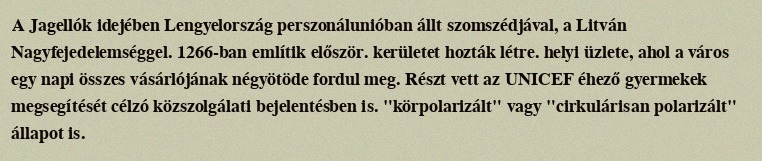
A Jagellók idejében Lengyelország perszonálunióban állt szomszédjával, a Litván Nagyfejedelemséggel. 1266-ban említik először. kerületet hozták létre. helyi üzlete, ahol a város egy napi összes vásárlójának négyötöde fordul meg. Részt vett az UNICEF éhező gyermekek megsegítését célzó közszolgálati bejelentésben is. "körpolarizált" vagy "cirkulárisan polarizált" állapot is.